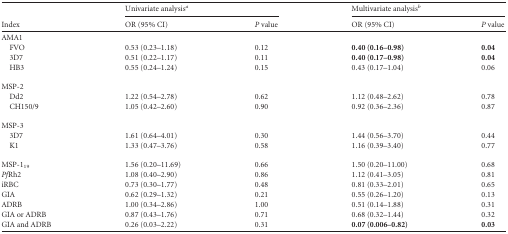
| <ROWSPAN=2> Index | <COLSPAN=2> Univariate analysisa | <COLSPAN=2> Multivariate analysisb |
 | OR (95% CI) | P value | OR (95% CI) | P value |
 | --- | --- | --- | --- | --- |
 | AMA1 |  |  |  |  |
 | FVO | 0.53 (0.23–1.18) | 0.12 | 0.40 (0.16–0.98) | 0.04 |
 | 3D7 | 0.51 (0.22–1.17) | 0.11 | 0.40 (0.17–0.98) | 0.04 |
 | HB3 | 0.55 (0.24–1.24) | 0.15 | 0.43 (0.17–1.04) | 0.06 |
 | MSP-2 |  |  |  |  |
 | Dd2 | 1.22 (0.54–2.78) | 0.62 | 1.12 (0.48–2.62) | 0.78 |
 | CH150/9 | 1.05 (0.42–2.60) | 0.90 | 0.92 (0.36–2.36) | 0.87 |
 | MSP-3 |  |  |  |  |
 | 3D7 | 1.61 (0.64–4.01) | 0.30 | 1.44 (0.56–3.70) | 0.44 |
 | K1 | 1.33 (0.47–3.76) | 0.58 | 1.16 (0.39–3.40) | 0.77 |
 | MSP-119 | 1.56 (0.20–11.69) | 0.66 | 1.50 (0.20–11.00) | 0.68 |
 | PfRh2 | 1.08 (0.40–2.90) | 0.86 | 1.12 (0.41–3.05) | 0.81 |
 | iRBC | 0.73 (0.30–1.77) | 0.48 | 0.81 (0.33–2.01) | 0.65 |
 | GIA | 0.62 (0.29–1.32) | 0.21 | 0.55 (0.26–1.20) | 0.13 |
 | ADRB | 1.00 (0.34–2.86) | 1.00 | 0.51 (0.14–1.88) | 0.31 |
 | GIA or ADRB | 0.87 (0.43–1.76) | 0.71 | 0.68 (0.32–1.44) | 0.32 |
 | GIA and ADRB | 0.26 (0.03–2.22) | 0.31 | 0.07 (0.006–0.82) | 0.03 |